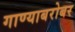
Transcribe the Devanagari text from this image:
गाण्याबरोबर